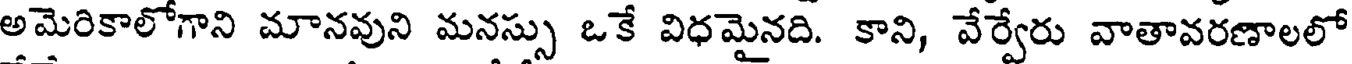
అమెరికాలోగాని మానవుని మనస్సు ఒకే విధమైనది. కాని, వేర్వేరు వాతావరణాలలో